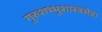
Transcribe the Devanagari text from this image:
गुरुशभ्भुशास्त्रसेवा